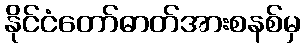
နိုင်ငံတော်ဓာတ်အားစနစ်မှ